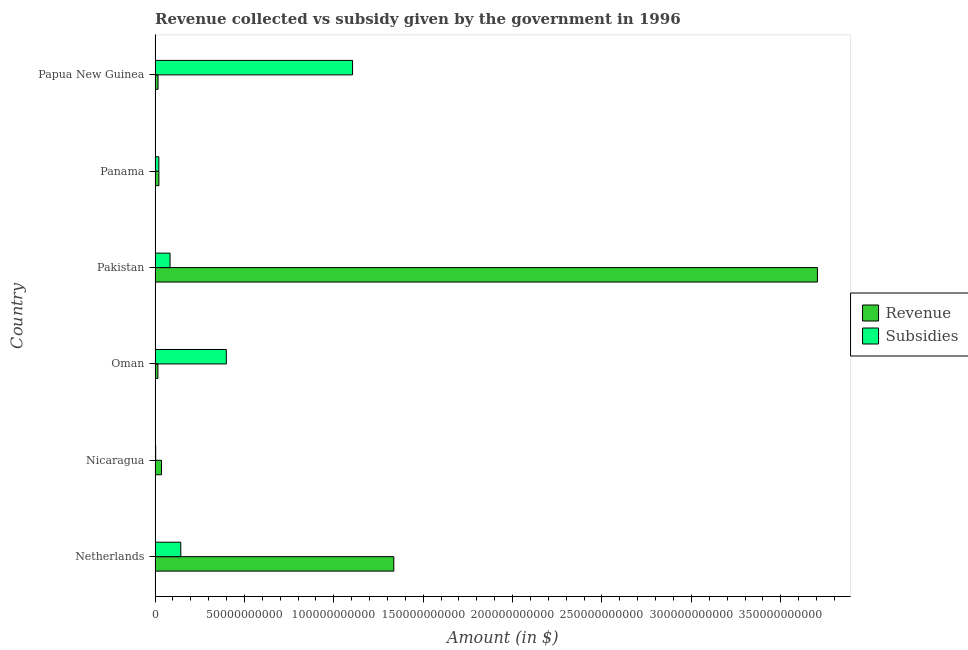
| Country | Revenue | Subsidies |
 | --- | --- | --- |
 | Netherlands | 1.34e+11 | 1.44e+10 |
 | Nicaragua | 3.61e+09 | 3.62e+08 |
 | Oman | 1.59e+09 | 3.99e+10 |
 | Pakistan | 3.71e+11 | 8.39e+09 |
 | Panama | 2.14e+09 | 2.11e+09 |
 | Papua New Guinea | 1.67e+09 | 1.1e+11 |